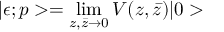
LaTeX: | \epsilon ; p > = \operatorname * { l i m } _ { z , \bar { z } \rightarrow 0 } V ( z , \bar { z } ) | 0 >